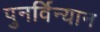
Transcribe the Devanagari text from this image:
पुनर्विन्यान